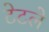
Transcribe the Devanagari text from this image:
टेटले